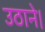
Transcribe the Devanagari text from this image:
उठाने।